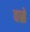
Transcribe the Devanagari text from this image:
वस्रे